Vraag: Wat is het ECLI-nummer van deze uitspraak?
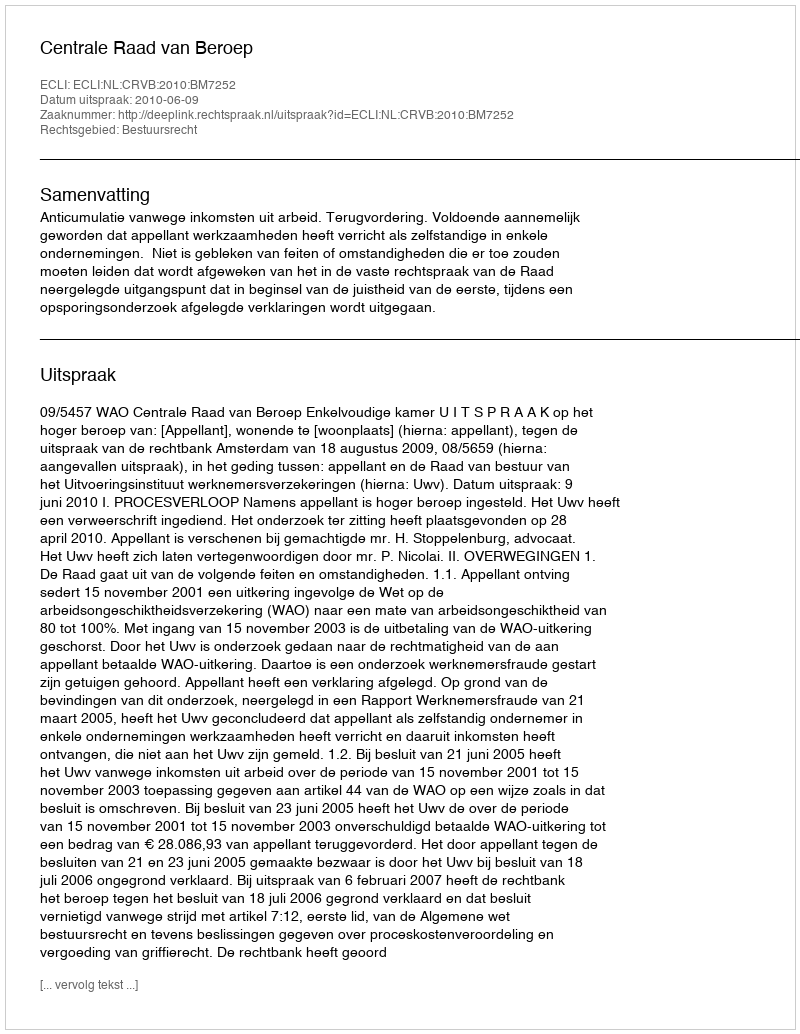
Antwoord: ECLI:NL:CRVB:2010:BM7252